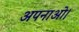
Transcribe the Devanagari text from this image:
अपनाओ।